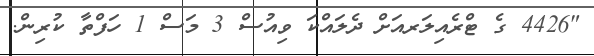
"4426 ގެ ޓްރެއިލަރއަށް ދެލައްކަ ވިއުސް 3 މަސް 1 ހަފްތާ ކުރިން.